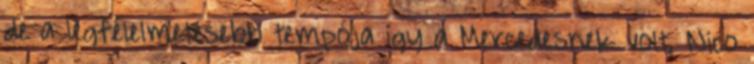
de a legfélelmetesebb tempója így a Mercedesnek volt, Nico